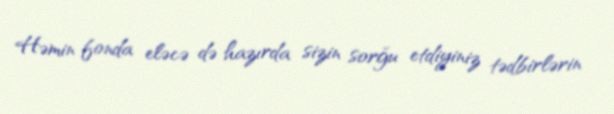
Həmin fonda eləcə də hazırda sizin sorğu etdiyiniz tədbirlərin